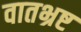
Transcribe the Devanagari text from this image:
वातभ्रष्ट